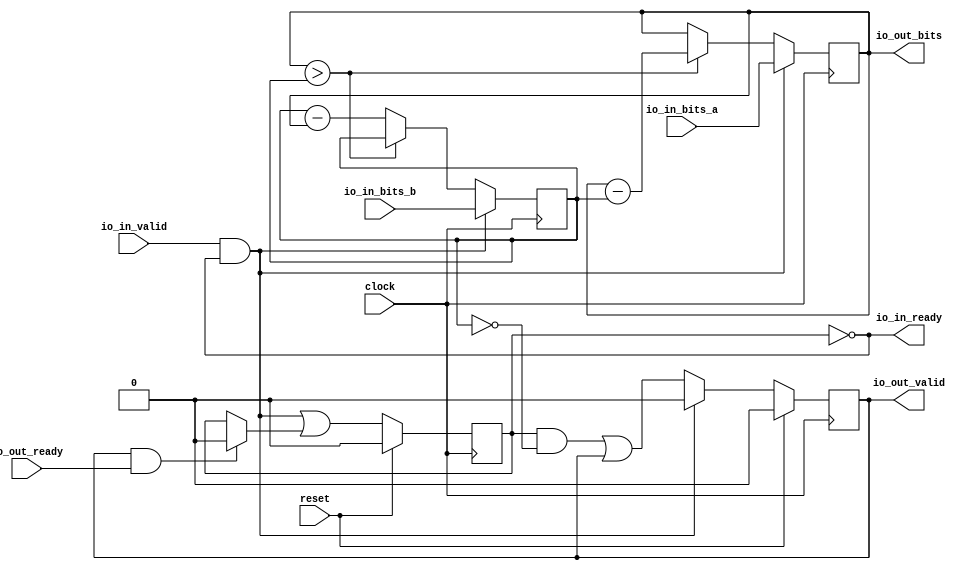
module DecoupledGCD(
  input         clock,
  input         reset,
  output        io_in_ready,
  input         io_in_valid,
  input  [31:0] io_in_bits_a,
  input  [31:0] io_in_bits_b,
  input         io_out_ready,
  output        io_out_valid,
  output [31:0] io_out_bits
);
`ifdef RANDOMIZE_REG_INIT
  reg [31:0] _RAND_0;
  reg [31:0] _RAND_1;
  reg [31:0] _RAND_2;
  reg [31:0] _RAND_3;
`endif // RANDOMIZE_REG_INIT
  reg  busy;
  reg  done;
  reg [31:0] x;
  reg [31:0] y;
  wire  T_42 = y == 32'h0;
  wire  T_43 = busy & T_42;
  wire  T_45 = done & io_out_ready;
  wire  _GEN_1 = T_45 ? 1'h0 : busy; // @[]
  wire  start = io_in_valid & io_in_ready;
  wire  T_50 = x > y;
  wire [31:0] T_52 = x - y;
  wire  T_54 = ~T_50;
  wire [31:0] T_56 = y - x;
  assign io_in_ready = ~busy;
  assign io_out_valid = done;
  assign io_out_bits = x;
  always @(posedge clock) begin
    if (reset) begin
      busy <= 1'h0;
    end else begin
      busy <= start | _GEN_1;
    end
    if (reset) begin
      done <= 1'h0;
    end else if (start) begin
      done <= 1'h0;
    end else begin
      done <= T_43 | done;
    end
    if (start) begin
      x <= io_in_bits_a;
    end else if (T_50) begin
      x <= T_52;
    end
    if (start) begin
      y <= io_in_bits_b;
    end else if (T_54) begin
      y <= T_56;
    end
  end
// Register and memory initialization
`ifdef RANDOMIZE_GARBAGE_ASSIGN
`define RANDOMIZE
`endif
`ifdef RANDOMIZE_INVALID_ASSIGN
`define RANDOMIZE
`endif
`ifdef RANDOMIZE_REG_INIT
`define RANDOMIZE
`endif
`ifdef RANDOMIZE_MEM_INIT
`define RANDOMIZE
`endif
`ifndef RANDOM
`define RANDOM $random
`endif
`ifdef RANDOMIZE_MEM_INIT
  integer initvar;
`endif
`ifndef SYNTHESIS
`ifdef FIRRTL_BEFORE_INITIAL
`FIRRTL_BEFORE_INITIAL
`endif
initial begin
  `ifdef RANDOMIZE
    `ifdef INIT_RANDOM
      `INIT_RANDOM
    `endif
    `ifndef VERILATOR
      `ifdef RANDOMIZE_DELAY
        #`RANDOMIZE_DELAY begin end
      `else
        #0.002 begin end
      `endif
    `endif
`ifdef RANDOMIZE_REG_INIT
  _RAND_0 = {1{`RANDOM}};
  busy = _RAND_0[0:0];
  _RAND_1 = {1{`RANDOM}};
  done = _RAND_1[0:0];
  _RAND_2 = {1{`RANDOM}};
  x = _RAND_2[31:0];
  _RAND_3 = {1{`RANDOM}};
  y = _RAND_3[31:0];
`endif // RANDOMIZE_REG_INIT
  `endif // RANDOMIZE
end // initial
`ifdef FIRRTL_AFTER_INITIAL
`FIRRTL_AFTER_INITIAL
`endif
`endif // SYNTHESIS
endmodule
module GCDTester(
  input   clock,
  input   reset
);
`ifdef RANDOMIZE_REG_INIT
  reg [31:0] _RAND_0;
  reg [31:0] _RAND_1;
`endif // RANDOMIZE_REG_INIT
  wire  dut_clock;
  wire  dut_reset;
  wire  dut_io_in_ready;
  wire  dut_io_in_valid;
  wire [31:0] dut_io_in_bits_a;
  wire [31:0] dut_io_in_bits_b;
  wire  dut_io_out_ready;
  wire  dut_io_out_valid;
  wire [31:0] dut_io_out_bits;
  reg [3:0] count;
  reg  en;
  wire [6:0] _GEN_1 = 4'h1 == count ? 7'h5f : 7'h2e; // @[]
  wire [6:0] _GEN_2 = 4'h2 == count ? 7'h1a : _GEN_1; // @[]
  wire [6:0] _GEN_3 = 4'h3 == count ? 7'h3d : _GEN_2; // @[]
  wire [6:0] _GEN_4 = 4'h4 == count ? 7'h12 : _GEN_3; // @[]
  wire [6:0] _GEN_5 = 4'h5 == count ? 7'h33 : _GEN_4; // @[]
  wire [6:0] _GEN_6 = 4'h6 == count ? 7'h2d : _GEN_5; // @[]
  wire [6:0] _GEN_7 = 4'h7 == count ? 7'h42 : _GEN_6; // @[]
  wire [6:0] _GEN_8 = 4'h8 == count ? 7'h47 : _GEN_7; // @[]
  wire [6:0] _GEN_9 = 4'h9 == count ? 7'h47 : _GEN_8; // @[]
  wire [6:0] _GEN_11 = 4'h1 == count ? 7'h2c : 7'h27; // @[]
  wire [6:0] _GEN_12 = 4'h2 == count ? 7'h25 : _GEN_11; // @[]
  wire [6:0] _GEN_13 = 4'h3 == count ? 7'h60 : _GEN_12; // @[]
  wire [6:0] _GEN_14 = 4'h4 == count ? 7'h30 : _GEN_13; // @[]
  wire [6:0] _GEN_15 = 4'h5 == count ? 7'h27 : _GEN_14; // @[]
  wire [6:0] _GEN_16 = 4'h6 == count ? 7'h55 : _GEN_15; // @[]
  wire [6:0] _GEN_17 = 4'h7 == count ? 7'h54 : _GEN_16; // @[]
  wire [6:0] _GEN_18 = 4'h8 == count ? 7'h8 : _GEN_17; // @[]
  wire [6:0] _GEN_19 = 4'h9 == count ? 7'h50 : _GEN_18; // @[]
  wire  T_80 = en & dut_io_in_ready;
  wire  _GEN_20 = T_80 ? 1'h0 : en; // @[]
  wire  T_83 = ~en;
  wire  T_84 = dut_io_out_valid & T_83;
  wire [2:0] _GEN_25 = 4'h4 == count ? 3'h6 : 3'h1; // @[]
  wire [2:0] _GEN_26 = 4'h5 == count ? 3'h3 : _GEN_25; // @[]
  wire [2:0] _GEN_27 = 4'h6 == count ? 3'h5 : _GEN_26; // @[]
  wire [2:0] _GEN_28 = 4'h7 == count ? 3'h6 : _GEN_27; // @[]
  wire [2:0] _GEN_29 = 4'h8 == count ? 3'h1 : _GEN_28; // @[]
  wire [2:0] _GEN_30 = 4'h9 == count ? 3'h1 : _GEN_29; // @[]
  wire [31:0] _GEN_36 = {{29'd0}, _GEN_30};
  wire  T_87 = dut_io_out_bits == _GEN_36;
  wire  T_89 = ~reset;
  wire  T_91 = ~T_87;
  wire  T_95 = count == 4'h0;
  wire  T_99 = ~T_95;
  wire [3:0] T_103 = count - 4'h1;
  wire  _GEN_34 = T_84 ? T_99 | _GEN_20 : _GEN_20; // @[]
  DecoupledGCD dut (
    .clock(dut_clock),
    .reset(dut_reset),
    .io_in_ready(dut_io_in_ready),
    .io_in_valid(dut_io_in_valid),
    .io_in_bits_a(dut_io_in_bits_a),
    .io_in_bits_b(dut_io_in_bits_b),
    .io_out_ready(dut_io_out_ready),
    .io_out_valid(dut_io_out_valid),
    .io_out_bits(dut_io_out_bits)
  );
  assign dut_clock = clock;
  assign dut_reset = reset;
  assign dut_io_in_valid = en;
  assign dut_io_in_bits_a = {{25'd0}, _GEN_9}; // @[]
  assign dut_io_in_bits_b = {{25'd0}, _GEN_19}; // @[]
  assign dut_io_out_ready = dut_io_out_valid & T_83; // @[]
  always @(posedge clock) begin
    if (reset) begin
      count <= 4'h9;
    end else if (T_84) begin
      if (T_99) begin
        count <= T_103;
      end
    end
    en <= reset | _GEN_34;
    `ifndef SYNTHESIS
    `ifdef PRINTF_COND
      if (`PRINTF_COND) begin
    `endif
        if (T_84 & T_89 & T_91 & T_89) begin
          $fwrite(32'h80000002,"Assertion failed\n    at GCDTester.scala:38 assert( dut.io.out.bits === z(count) )\n");
        end
    `ifdef PRINTF_COND
      end
    `endif
    `endif // SYNTHESIS
    `ifndef SYNTHESIS
    `ifdef STOP_COND
      if (`STOP_COND) begin
    `endif
        if (T_84 & T_89 & T_91) begin
          $fatal;
        end
    `ifdef STOP_COND
      end
    `endif
    `endif // SYNTHESIS
    `ifndef SYNTHESIS
    `ifdef STOP_COND
      if (`STOP_COND) begin
    `endif
        if (T_84 & T_95 & T_89) begin
          $finish;
        end
    `ifdef STOP_COND
      end
    `endif
    `endif // SYNTHESIS
  end
// Register and memory initialization
`ifdef RANDOMIZE_GARBAGE_ASSIGN
`define RANDOMIZE
`endif
`ifdef RANDOMIZE_INVALID_ASSIGN
`define RANDOMIZE
`endif
`ifdef RANDOMIZE_REG_INIT
`define RANDOMIZE
`endif
`ifdef RANDOMIZE_MEM_INIT
`define RANDOMIZE
`endif
`ifndef RANDOM
`define RANDOM $random
`endif
`ifdef RANDOMIZE_MEM_INIT
  integer initvar;
`endif
`ifndef SYNTHESIS
`ifdef FIRRTL_BEFORE_INITIAL
`FIRRTL_BEFORE_INITIAL
`endif
initial begin
  `ifdef RANDOMIZE
    `ifdef INIT_RANDOM
      `INIT_RANDOM
    `endif
    `ifndef VERILATOR
      `ifdef RANDOMIZE_DELAY
        #`RANDOMIZE_DELAY begin end
      `else
        #0.002 begin end
      `endif
    `endif
`ifdef RANDOMIZE_REG_INIT
  _RAND_0 = {1{`RANDOM}};
  count = _RAND_0[3:0];
  _RAND_1 = {1{`RANDOM}};
  en = _RAND_1[0:0];
`endif // RANDOMIZE_REG_INIT
  `endif // RANDOMIZE
end // initial
`ifdef FIRRTL_AFTER_INITIAL
`FIRRTL_AFTER_INITIAL
`endif
`endif // SYNTHESIS
endmodule